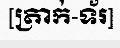
[ត្រាក់-ទ័រ]